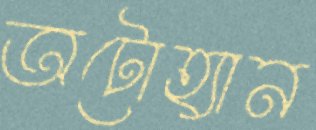
অটোহ্যান